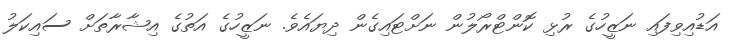
އަޑުއިވިފައި ނަޒީހުގެ ރުޅި ކޮންޓްރޯލުން ނަށްޓައިގެން ދިޔައެވެ. ނަޒީހުގެ އަތުގެ އިޝާރާތަށް ސައިކަލު